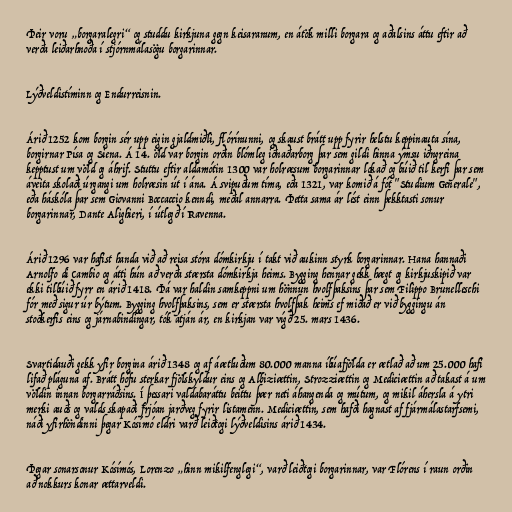
Þeir voru „borgaralegri“ og studdu kirkjuna gegn keisaranum, en átök milli borgara og aðalsins áttu eftir að
verða leiðarhnoða í stjórnmálasögu borgarinnar.

Lýðveldistíminn og Endurreisnin.

Árið 1252 kom borgin sér upp eigin gjaldmiðli, flórínunni, og skaust brátt upp fyrir helstu keppinauta sína,
borgirnar Písa og Siena. Á 14. öld var borgin orðin blómleg iðnaðarborg þar sem gildi hinna ýmsu iðngreina
kepptust um völd og áhrif. Stuttu eftir aldamótin 1300 var holræsum borgarinnar lokað og búið til kerfi þar sem
áveita skolaði úrgangi um holræsin út í ána. Á svipuðum tíma, eða 1321, var komið á fót "Studium Generale",
eða háskóla þar sem Giovanni Boccaccio kenndi, meðal annarra. Þetta sama ár lést einn þekktasti sonur
borgarinnar, Dante Alighieri, í útlegð í Ravenna.

Árið 1296 var hafist handa við að reisa stóra dómkirkju í takt við aukinn styrk borgarinnar. Hana hannaði
Arnolfo di Cambio og átti hún að verða stærsta dómkirkja heims. Bygging hennar gekk hægt og kirkjuskipið var
ekki tilbúið fyrr en árið 1418. Þá var haldin samkeppni um hönnun hvolfþaksins þar sem Filippo Brunelleschi
fór með sigur úr býtum. Bygging hvolfþaksins, sem er stærsta hvolfþak heims ef miðað er við byggingu án
stoðkerfis eins og járnabindingar, tók átján ár, en kirkjan var vígð 25. mars 1436.

Svartidauði gekk yfir borgina árið 1348 og af áætluðum 80.000 manna íbúafjölda er ætlað að um 25.000 hafi
lifað pláguna af. Brátt hófu sterkar fjölskyldur eins og Albiziættin, Strozziættin og Mediciættin að takast á um
völdin innan borgarráðsins. Í þessari valdabaráttu beittu þær neti áhangenda og mútum, og mikil áhersla á ytri
merki auðs og valds skapaði frjóan jarðveg fyrir listamenn. Mediciættin, sem hafði hagnast af fjármálastarfsemi,
náði yfirhöndinni þegar Kósímó eldri varð leiðtogi lýðveldisins árið 1434.

Þegar sonarsonur Kósímós, Lorenzo „hinn mikilfenglegi“, varð leiðtogi borgarinnar, var Flórens í raun orðin
að nokkurs konar ættarveldi.